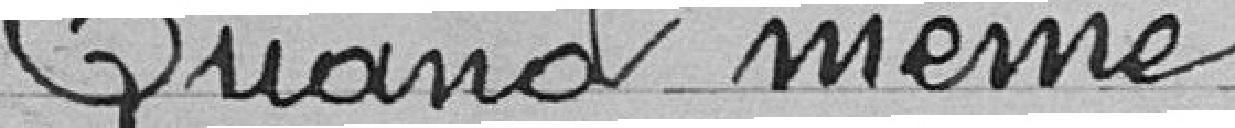
"Quand même"